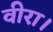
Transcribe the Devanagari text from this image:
वीरा।